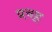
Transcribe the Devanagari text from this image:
प्रवह